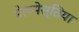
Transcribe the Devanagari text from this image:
मेलमेस्तिया